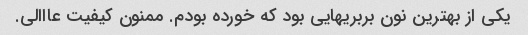
یکی از بهترین نون بربریهایی بود که خورده بودم. ممنون کیفیت عااالی.